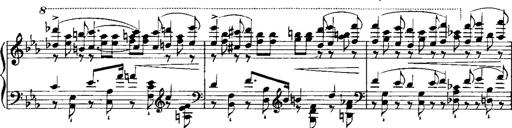
Title: RÃ©miniscences de Norma de Bellini
Composer: Franz Liszt